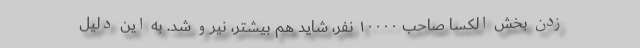
زدن بخش الکسا صاحب ۱۰۰۰۰ نفر، شاید هم بیشتر، نیرو شد. به این دلیل